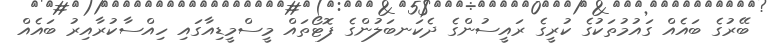
ބޭރުގެ ބައެއް ގައުމުތަކުގެ ކުރީގެ ރައީސުންގެ ދެކަނބަލުންގެ ފޮޓޯތައް މީސްމީޑިއާގައި ހިއްސާކުރާއިރު ބައެއް